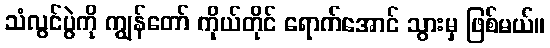
သံလွင်ပွဲကို ကျွန်တော် ကိုယ်တိုင် ရောက်အောင် သွားမှ ဖြစ်မယ်။